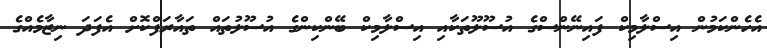
އެހެންކަމުން އިސްލާމިކް ފައިނޭންސްގެ އުސޫލޫތަކާއި އިސްލާމިކް ބޭންކިންގެ އުސޫލުތައް ތައާރަފްކޮށް އެފަދަ ނިޒާމެއްގެ